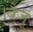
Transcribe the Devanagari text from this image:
।बैजू